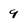
Character: 9